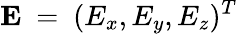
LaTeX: \mathbf{E}~=~(E_{x},E_{y},E_{z})^{T}